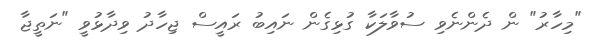
"މިހާރު" ން ދެންނެވި ސުވާލަކާ ގުޅިގެން ނައިބު ރައީސް ޖިހާދު ވިދާޅުވީ "ނަތީޖާ